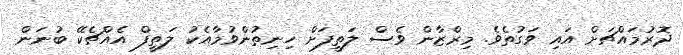
ދޮރުމައްޗަށް އައި ވަގުތެވެ. މިރްޒާން ވެސް ލަތީފަށް ހިނިތުންވުމާއެކު ލަތީފް އެއްޗެކޭ ބުނަން